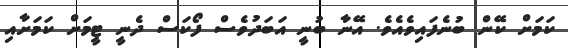
ކަމަށް ކޭން ބުނެފައިވެއެވެ. އޭނާ ބުނީ އަބަދުވެސް ފޯކަސް ދެނީ ޓީމަށް ކަމަށާއި